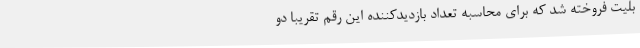
بلیت فروخته شد که برای محاسبه تعداد بازدیدکننده این رقم تقریبا دو